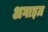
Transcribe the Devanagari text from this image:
अगाइज़